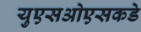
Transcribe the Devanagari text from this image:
युएसओएसकडे